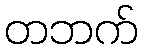
တဘက်